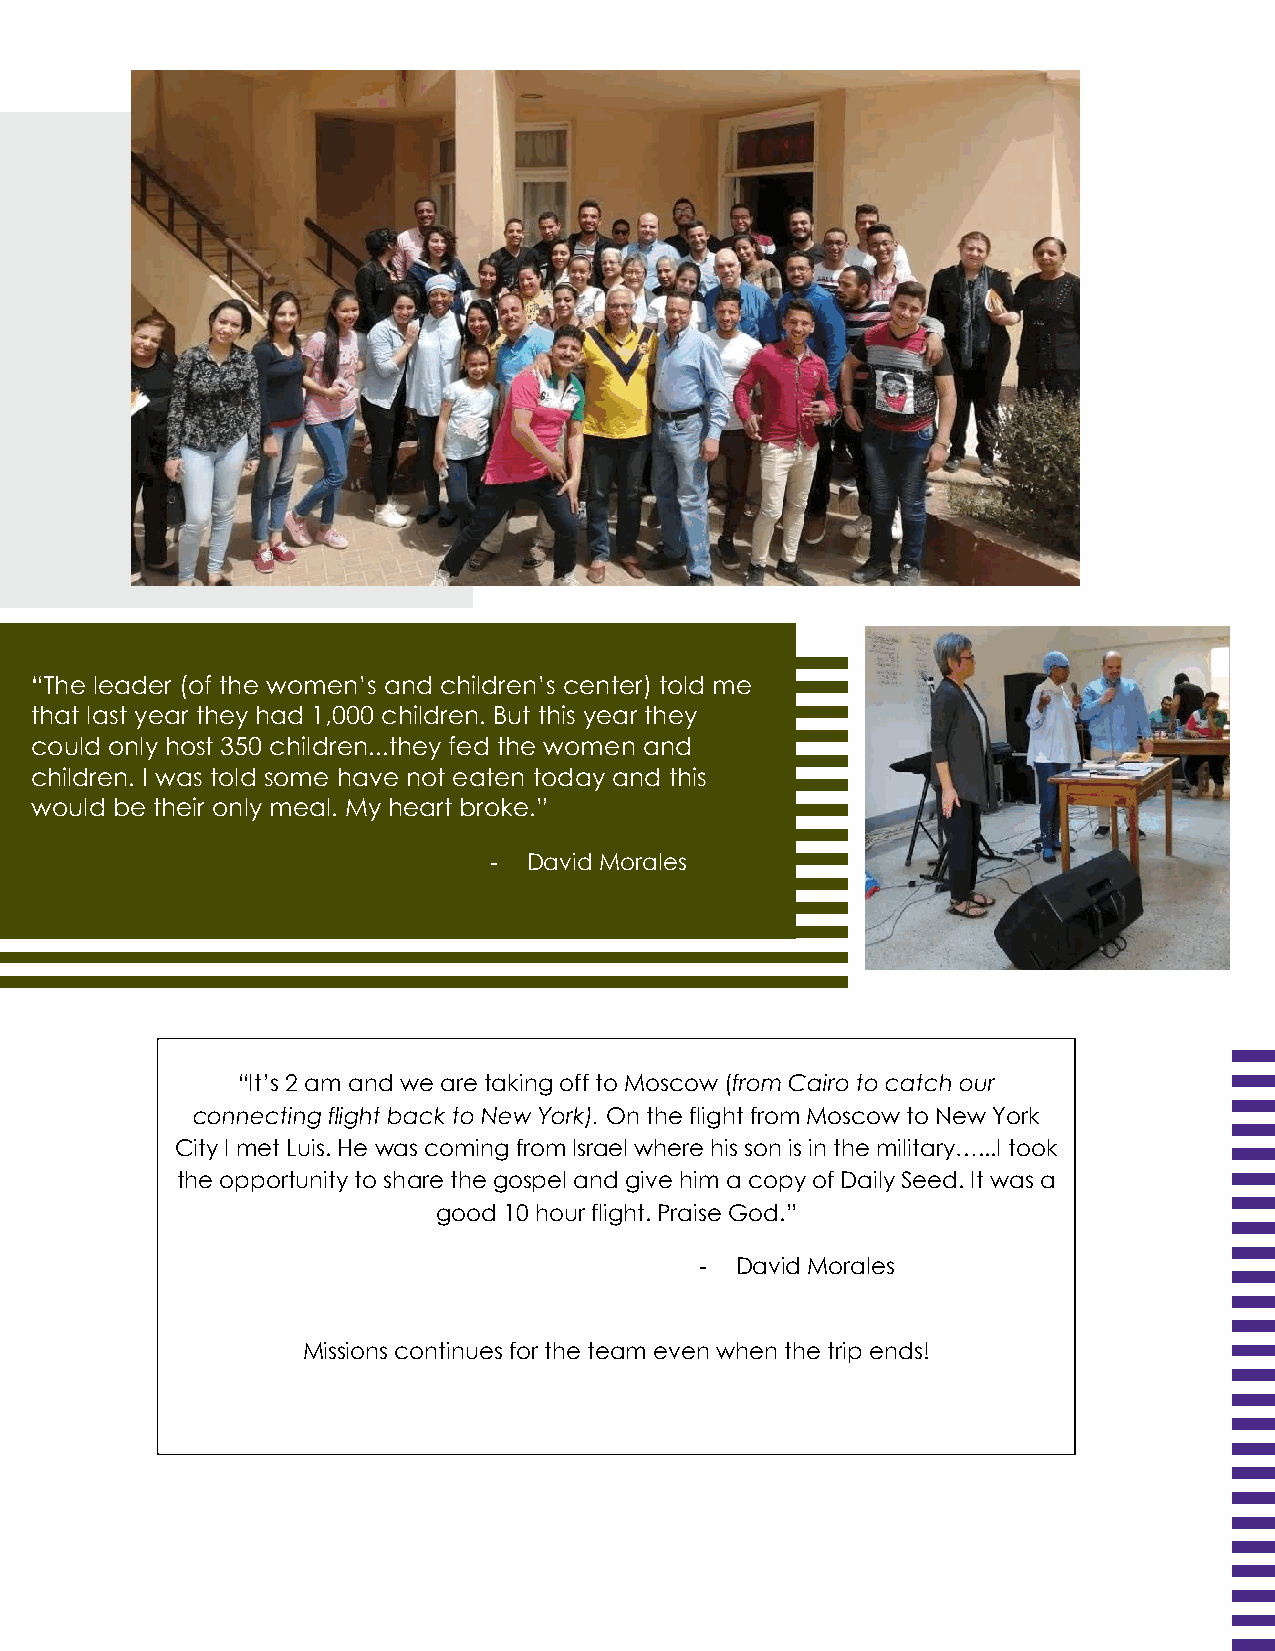
“The leader (of the women’s and children’s center) told me
 that last year they had 1,000 children. But this year they
 could only host 350 children...they fed the women and
 children. I was told some have not eaten today and this
 would be their only meal. My heart broke.”
 -  David Morales
 “It’s 2 am and we are taking off to Moscow (from Cairo to catch our
 connecting flight back to New York). On the flight from Moscow to New York
 City I met Luis. He was coming from Israel where his son is in the military…...I took
 the opportunity to share the gospel and give him a copy of Daily Seed. It was a
 good 10 hour flight. Praise God.”
 -  David Morales
 Missions continues for the team even when the trip ends!